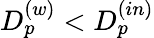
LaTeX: D_{p}^{(w)}<D_{p}^{(in)}